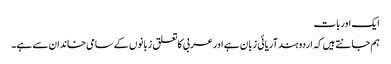
ایک اوربات
ہم جانتے ہیں کہ اردوہندآریائی زبان ہے اورعربی کاتعلق زبانوں کے سامی خاندان سے ہے۔